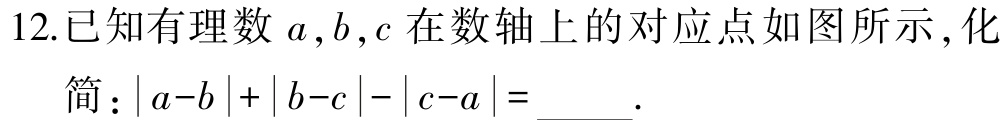
12.已知有理数\(a,b,c\)在数轴上的对应点如图所示，化简：\(\vert a - b\vert+\vert b - c\vert-\vert c - a\vert = \_\_\_.\)